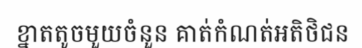
ខ្នាតតូចមួយចំនួន គាត់កំណត់អតិថិជន